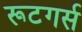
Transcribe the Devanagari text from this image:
रूटगर्स